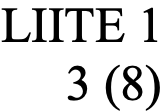
LIITE 1 3 (8)